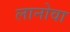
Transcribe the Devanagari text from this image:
लानोवा